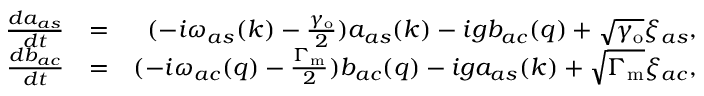
\begin{array} { r l r } { \frac { d a _ { a s } } { d t } } & { = } & { ( - i \omega _ { a s } ( k ) - \frac { \gamma _ { \mathrm { o } } } { 2 } ) a _ { a s } ( k ) - i g b _ { a c } ( q ) + \sqrt { \gamma _ { \mathrm { o } } } \xi _ { a s } , } \\ { \frac { d b _ { a c } } { d t } } & { = } & { ( - i \omega _ { a c } ( q ) - \frac { \Gamma _ { \mathrm { m } } } { 2 } ) b _ { a c } ( q ) - i g a _ { a s } ( k ) + \sqrt { \Gamma _ { \mathrm { m } } } \xi _ { a c } , } \end{array}